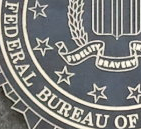
FEDERAL BUREAU OF